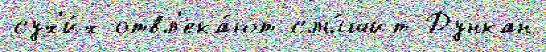
сух'и́х отвл'ека́ют слы́шит Дункан